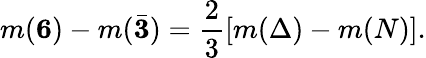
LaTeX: m({\mathbf 6})-m({\bar{\mathbf 3}})=\frac{2}{3}[m(\Delta)-m(N)].